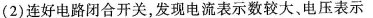
(2)连好电路闭合开关，发现电流表示数较大、电压表示